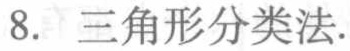
8. 三角形分类法.